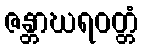
ဇန္တာဃရဝတ္တံ